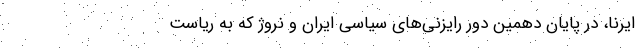
ایرنا، در پایان دهمین دور رایزنی‌های سیاسی ایران و نروژ که به ریاست